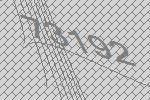
73192